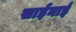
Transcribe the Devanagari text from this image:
साईनाई